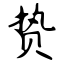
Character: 贽